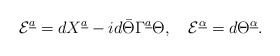
\begin{align*}{\cal E}^{\underline a}=dX^{\underline a}-id\bar\Theta\Gamma^{\underline a}\Theta, \quad{\cal E}^{\underline\alpha}=d\Theta^{\underline\alpha}.\end{align*}